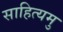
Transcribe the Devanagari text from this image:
साहित्यमु